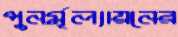
পুনর্মূল্যায়নের